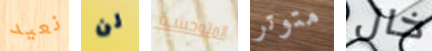
نعيد لن المتوحشة متوتر خال